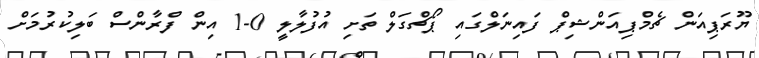
ޔޫރަޕިއަން ޗެމްޕިއަންޝިޕް ފައިނަލްގައި ޕޯޗްގަލް ތަށި އުފުލާލީ 0-1 އިން ފްރާންސް ބަލިކުރުމަށް